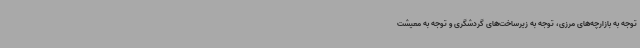
توجه به بازارچه‌های مرزی، توجه به زیرساخت‌های گردشگری و توجه به معیشت